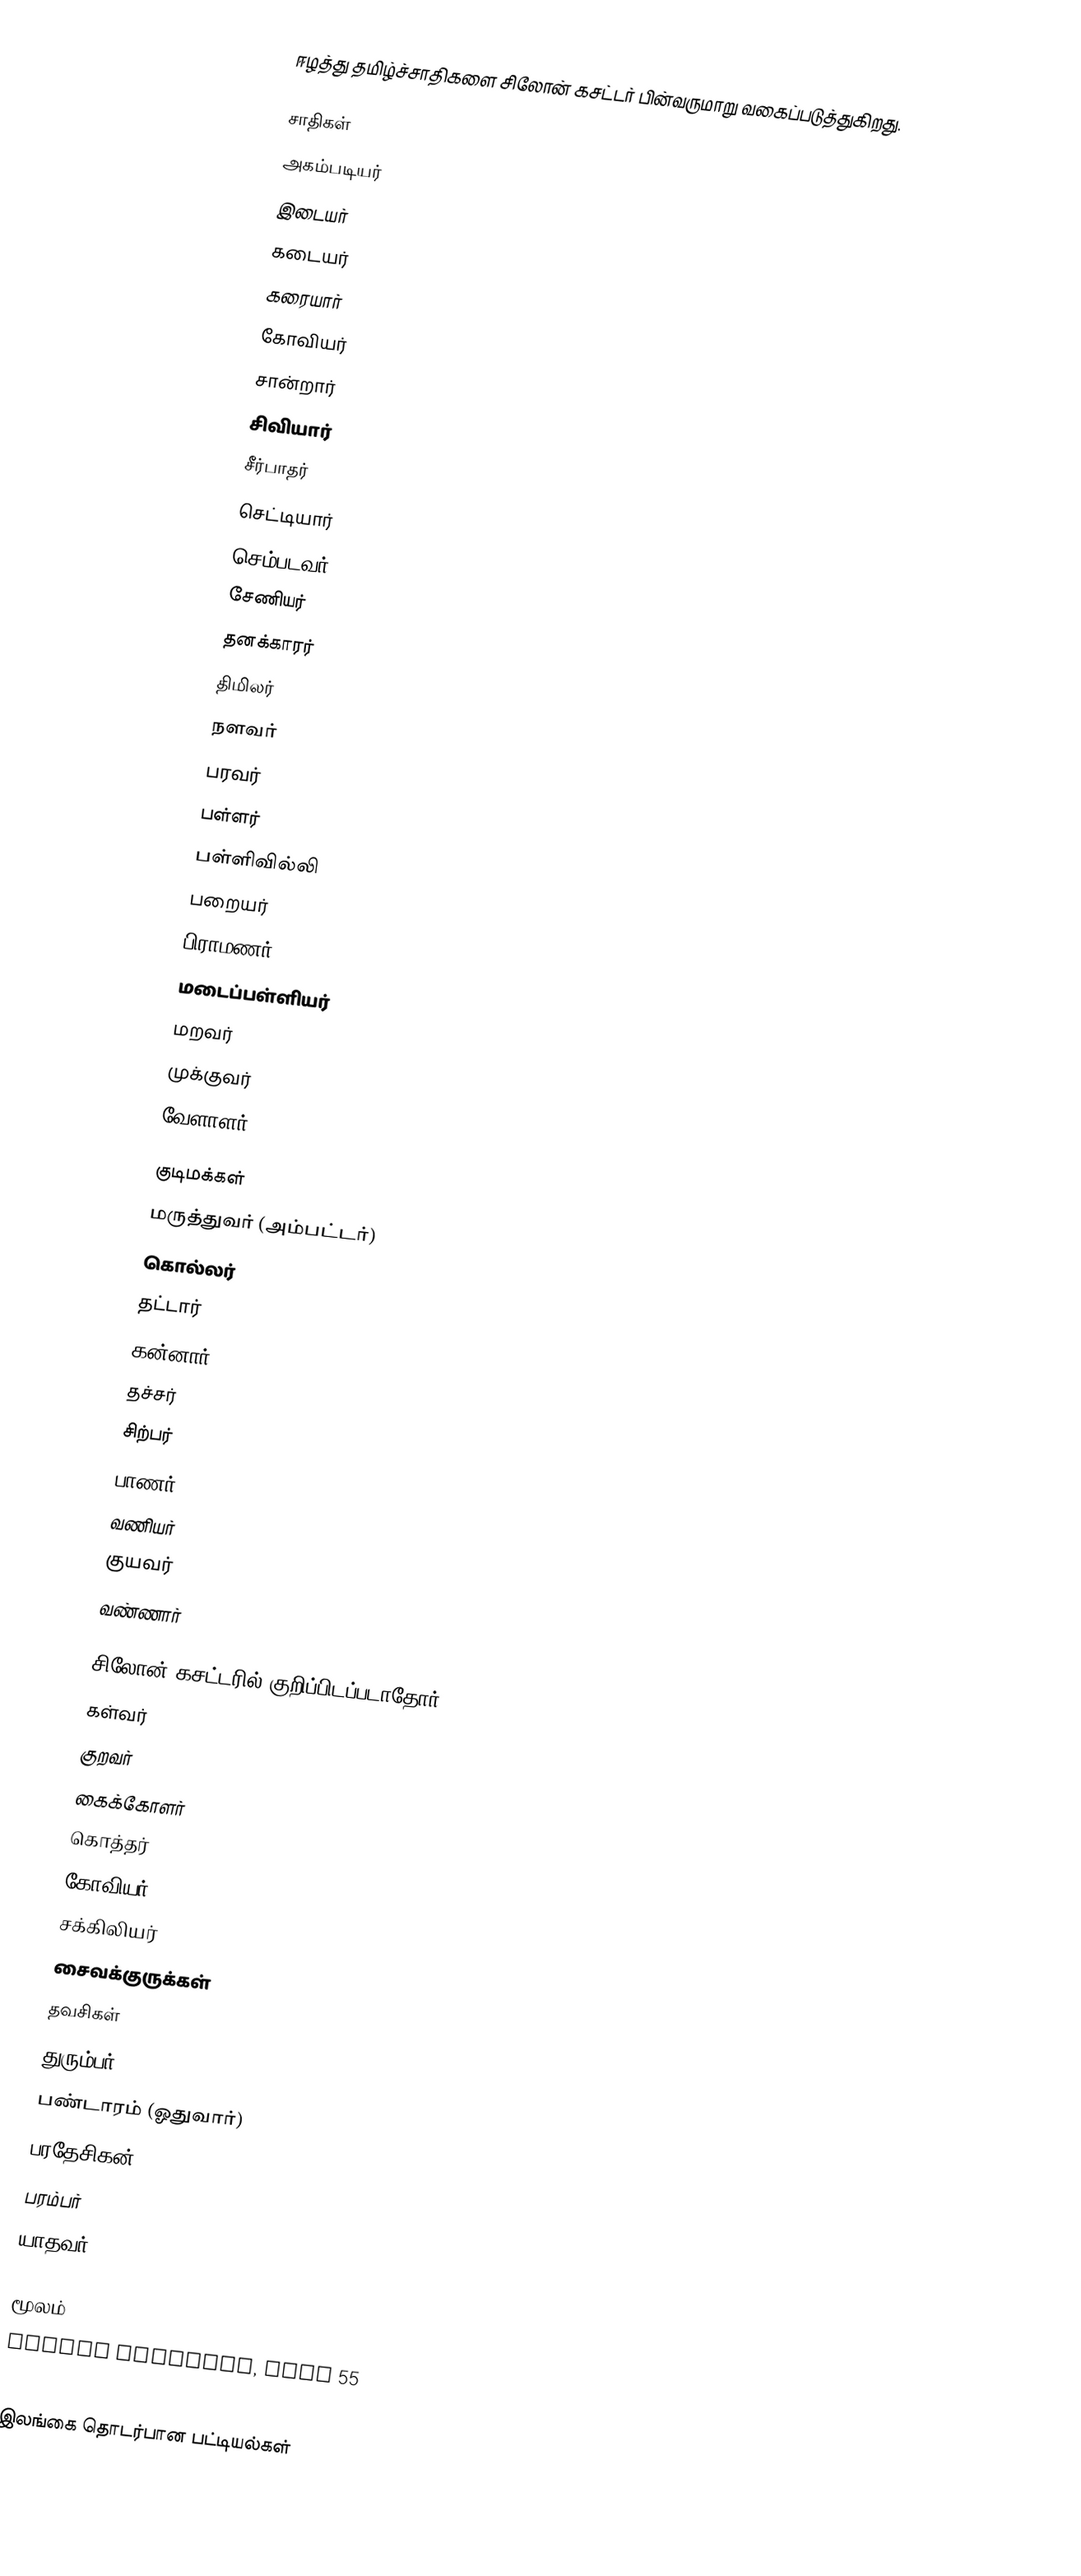
ஈழத்து தமிழ்ச்சாதிகளை சிலோன் கசட்டர் பின்வருமாறு வகைப்படுத்துகிறது.

சாதிகள்
 அகம்படியர்
 இடையர்
 கடையர்
 கரையார்
 கோவியர்
 சான்றார்
 சிவியார்
 சீர்பாதர்
 செட்டியார்
 செம்படவர்
 சேணியர்
 தனக்காரர்
 திமிலர்
 நளவர்
 பரவர்
 பள்ளர்
 பள்ளிவில்லி
 பறையர்
 பிராமணர்
 மடைப்பள்ளியர்
 மறவர்
 முக்குவர்
 வேளாளர்

குடிமக்கள்
 மருத்துவர் (அம்பட்டர்)
 கொல்லர்
 தட்டார்
 கன்னார்
 தச்சர்
 சிற்பர்
 பாணர்
 வணியர்
 குயவர்
 வண்ணார்

சிலோன் கசட்டரில் குறிப்பிடப்படாதோர்
 கள்வர்
 குறவர்
 கைக்கோளர்
 கொத்தர்
 கோவியர்
 சக்கிலியர்
 சைவக்குருக்கள்
 தவசிகள்
 துரும்பர்
 பண்டாரம் (ஓதுவார்)
 பரதேசிகன்
 பரம்பர்
 யாதவர்

மூலம்
 Ceylon Gazatter, Page 55

இலங்கை தொடர்பான பட்டியல்கள்